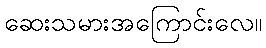
ဆေးသမားအကြောင်းလေ။